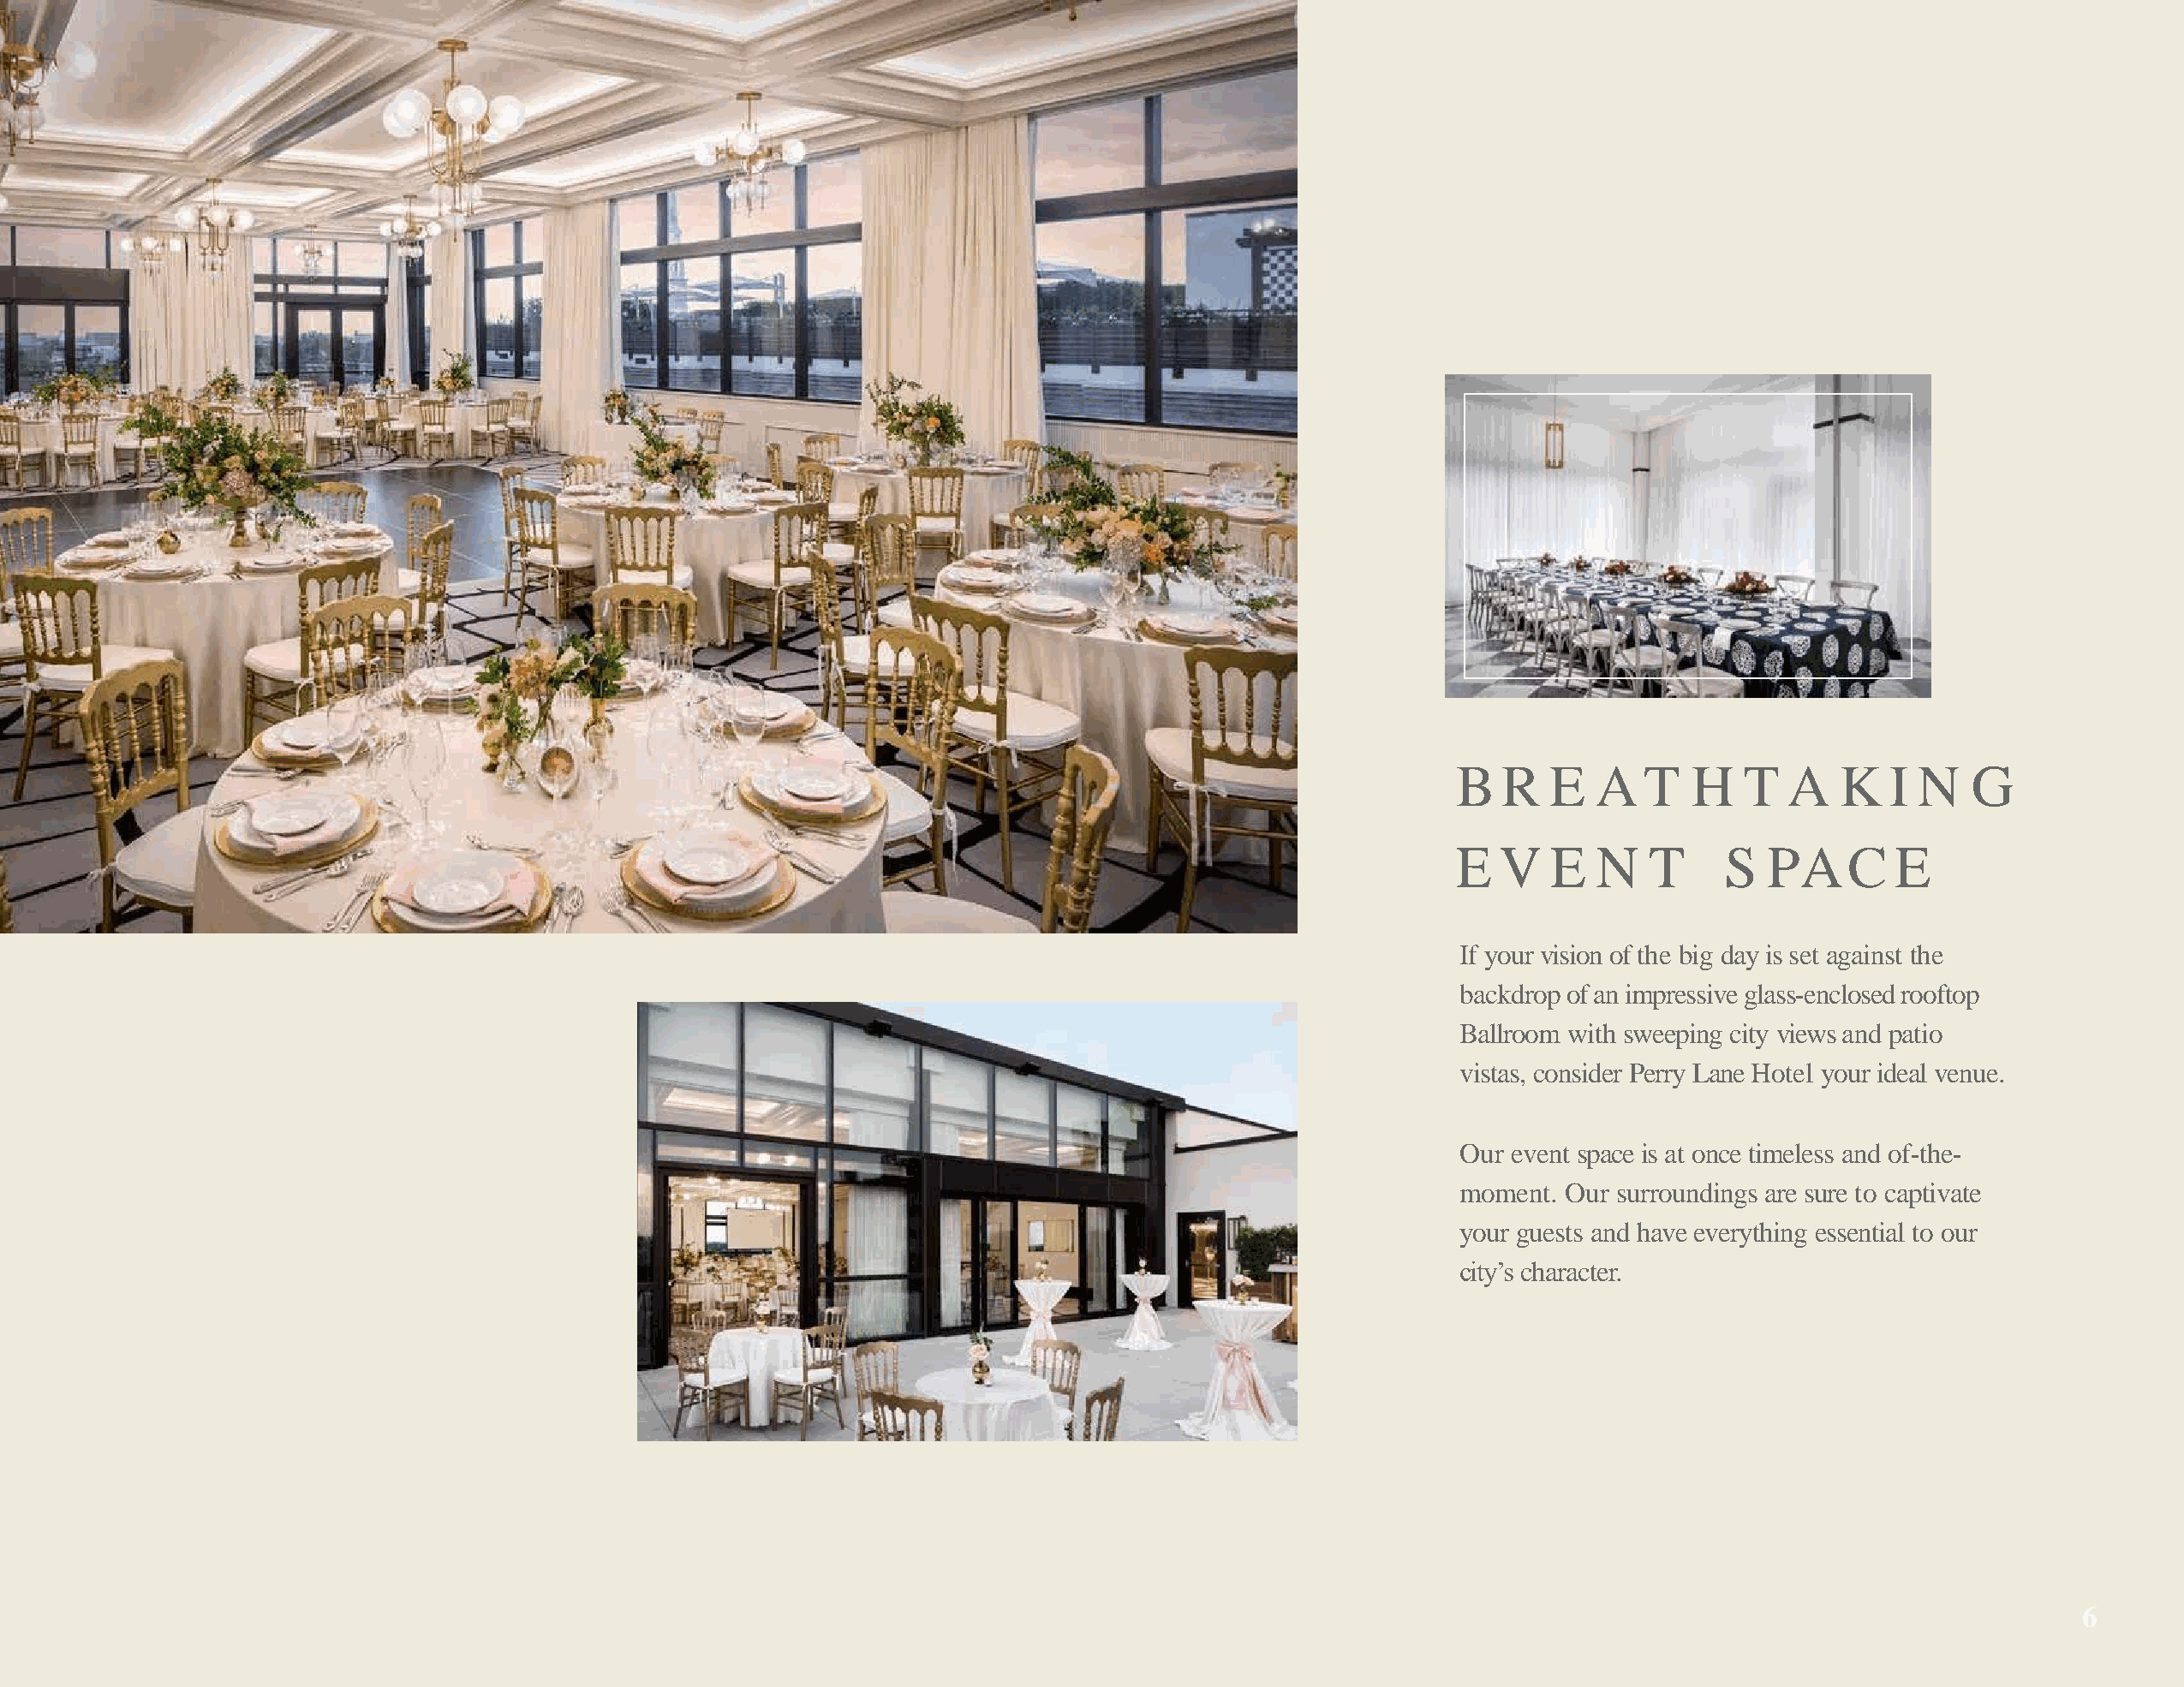
B  R   E  A   T   H   T  A   K   I N   G
 E  V   E  N   T     S   PAC      E
 If your vision of the big day is set against the
 backdrop ofan impressive glass-enclosed rooftop
 Ballroom with sweeping city viewsand patio
 vistas, consider Perry Lane Hotel your ideal venue.
 Our event space is at once timeless and of-the-
 moment. Our surroundings are sure to captivate
 your guests and have everything essential to our
 city’s character.
 6